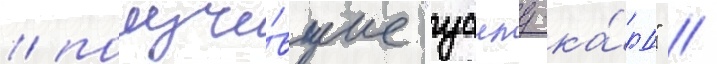
/ получи́вшие "уаилд-ка́рд" //